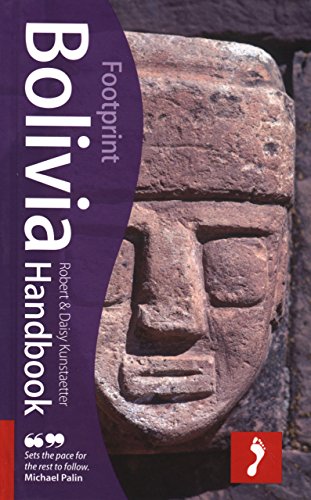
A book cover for Bolivia, 5th: Tread Your Own Path (Footprint Bolivia Handbook); Robert Kunstaetter; Travel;